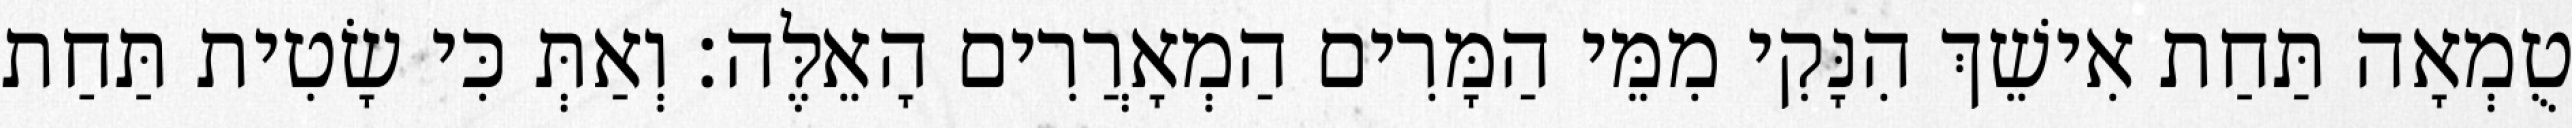
טֻמְאָה תַּחַת אִישֵׁךְ הִנָּקִי מִמֵּי הַמָּרִים הַמְאָרֲרִים הָאֵלֶּה׃ וְאַתְּ כִּי שָׂטִית תַּחַת